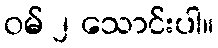
ဝမ် ၂ သောင်းပါ။